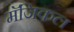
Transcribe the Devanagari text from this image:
मॅजिकल